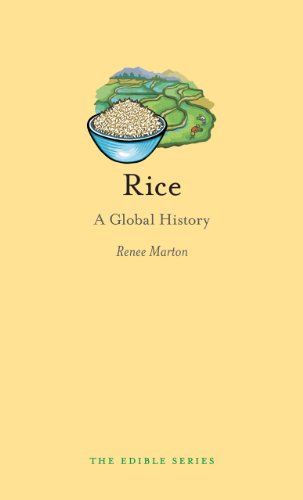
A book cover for Rice: A Global History (Reaktion Books - Edible); Renee Marton; Cookbooks, Food & Wine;